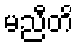
မညီတိ